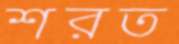
শরত